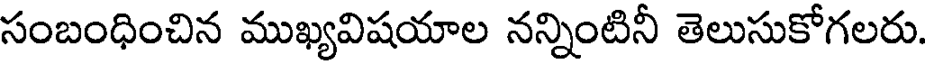
సంబంధించిన ముఖ్యవిషయాల నన్నింటినీ తెలుసుకోగలరు.